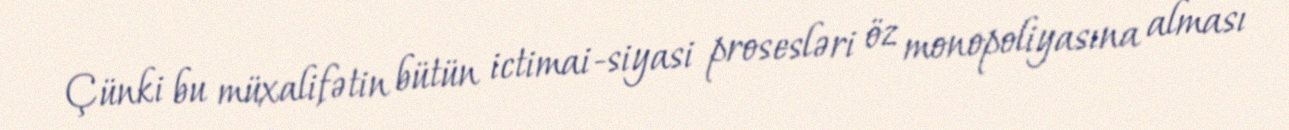
Çünki bu müxalifətin bütün ictimai-siyasi prosesləri öz monopoliyasına alması